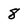
Character: 8